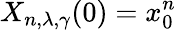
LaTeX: X_{n,\lambda,\gamma}(0)=x_{0}^{n}